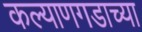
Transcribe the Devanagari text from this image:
कल्याणगडाच्या